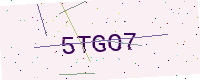
Text: 5TGO7